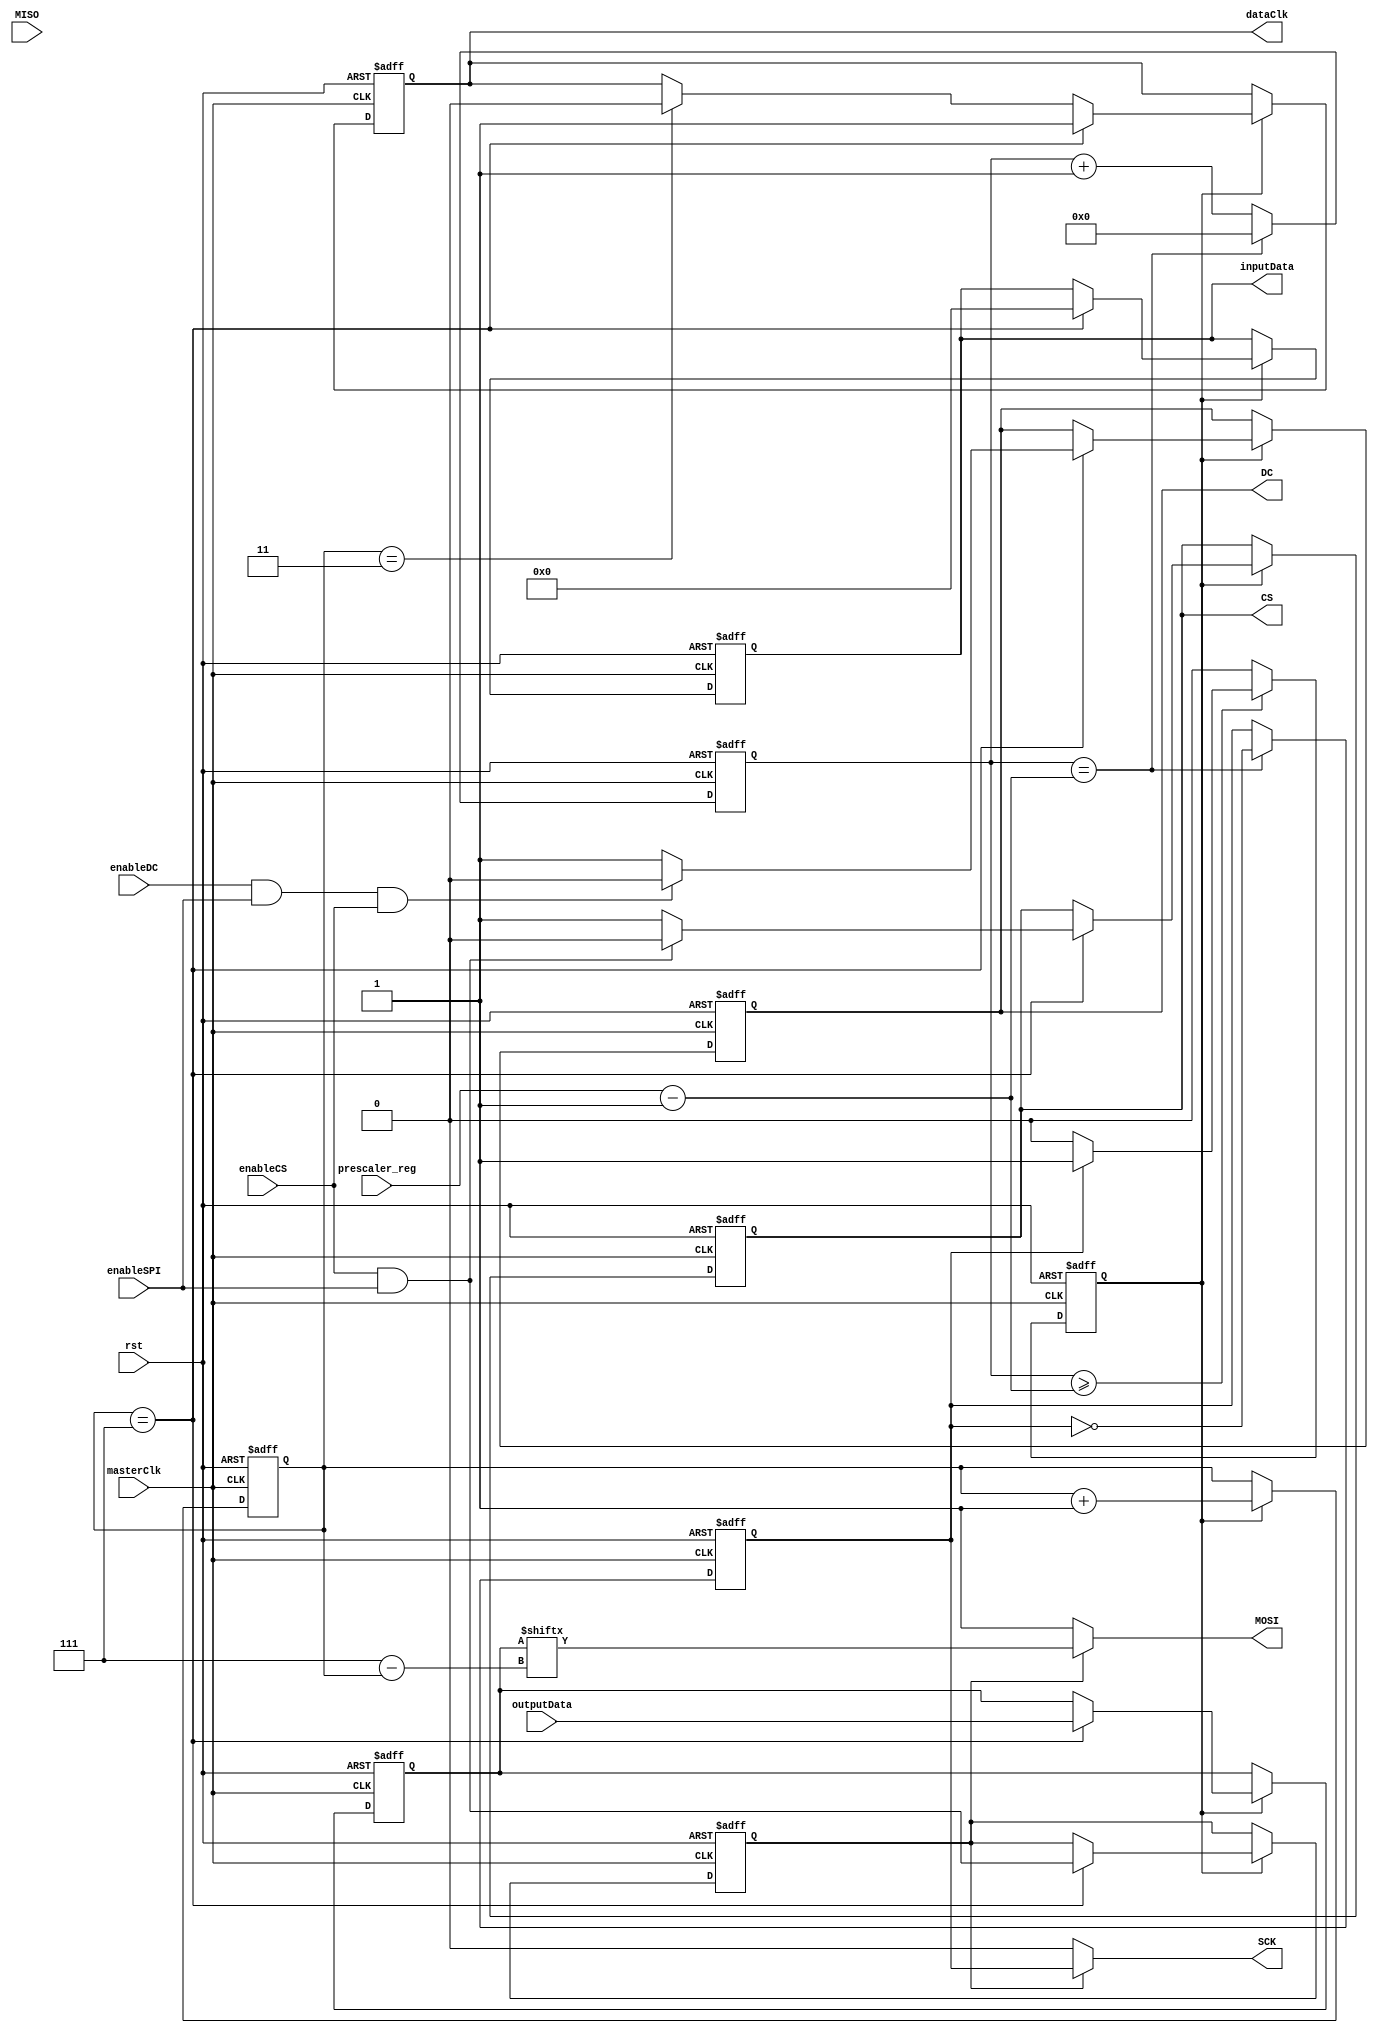
module SPI_phy(
    input  wire        masterClk,
    input  wire        rst,
    input  wire [7:0]  outputData,
    input  wire        MISO,
    input  wire        enableSPI,
    input  wire        enableCS,
    input  wire        enableDC,
    input  wire [15:0] prescaler_reg,
    output reg  [7:0]  inputData,
    output wire        dataClk,    
    output wire        MOSI,
    output wire        SCK,
    output reg         CS,
    output reg         DC
    );

    reg [15:0] prescaler_count;
    reg        clock_enable;
    reg        out_clock;
    reg [2:0]  count;
    reg [7:0]  inData;
    reg [7:0]  outData;
    reg        dataClkReg;
    reg        enableMOSI;

    initial begin 
        prescaler_count = 16'b0;
        count=7;      
        dataClkReg=0;   
        CS=1;
        DC=1;
        inData= 0;
        outData=0;
        enableMOSI=0;
        clock_enable = 1'b0;
        out_clock = 1'b0;
    end

    always@(posedge masterClk, posedge rst)begin
        if(rst)begin
            out_clock <= 1'b0;
            prescaler_count <= 16'b0;
        end else begin
            if(prescaler_count == (prescaler_reg - 16'b1))begin
                prescaler_count <= 16'b0;
                out_clock <= ~out_clock;
            end else begin
                prescaler_count <= prescaler_count + 16'b1;
            end
        end
    end

    always@(negedge masterClk, posedge rst)begin
        if(rst)begin
            clock_enable <= 1'b0;
        end else begin 
            if(prescaler_count >= (prescaler_reg - 16'b1))begin
                clock_enable <= (out_clock)? 1'b1 : 1'b0;
            end else begin
                clock_enable <= 1'b0;
            end
        end
    end

    // Testeo 2.5MHz ---> 25-1 / 50-1
    // SoC 0v7670 12.5MHz ---> 5-1 / 10-1
    //            20.83333MHz ---> 3-1 / 6-1 ?
    // always@(posedge masterClk, posedge rst)begin 
    //     if(rst)begin
    //         spiCount <= 0;
    //         inputClk <= 0;
    //     end else begin 
    //         if(spiCount<25)begin
    //             spiCount<=spiCount+1;
    //             inputClk<=0;
    //         end else if(spiCount<49)begin
    //             spiCount<=spiCount+1;
    //             inputClk<=1;
    //         end else begin
    //             spiCount<=0;
    //             inputClk<=0;
    //         end
    //     end
    // end

    always@(negedge masterClk, posedge rst) begin
        if(rst)begin
            dataClkReg <= 0;
            inputData <= 0;
            outData <= 0;
            CS <= 1;
            DC <= 1;
            count <= 7;
            enableMOSI <= 0;
        end else if (clock_enable)begin 
            if (count==7) begin   
                dataClkReg<=1'b1;
                inputData<=inData;
                outData<=outputData;
                DC<=(enableDC && enableSPI && enableCS)? 1'b0:1'b1;
                CS<=(enableCS && enableSPI)? 1'b0:1'b1; 
                enableMOSI<=enableCS && enableSPI;                      
            end else if (count==3) begin     
                dataClkReg<=1'b0;
            end
            count<=count+1;
        end        
    end

    // always@(posedge inputClk, posedge rst)begin
    //     if(rst) begin
    //         inData <= 0;
    //     end else begin
    //         inData[7-count]<=MISO;
    //     end  
    // end

    assign MOSI=(enableMOSI)? outData[7-count]: 1;
    assign SCK=(enableMOSI)? out_clock : 0;
    assign dataClk=dataClkReg;
endmodule